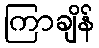
ကြာချိန်